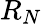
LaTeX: R_{N}